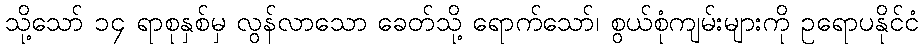
သို့သော် ၁၄ ရာစုနှစ်မှ လွန်လာသော ခေတ်သို့ ရောက်သော်၊ စွယ်စုံကျမ်းများကို ဥရောပနိုင်ငံ